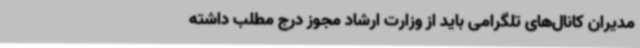
مدیران کانال‌های تلگرامی باید از وزارت ارشاد مجوز درج مطلب داشته